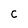
Character: C